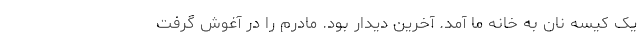
یک کیسه نان به خانه ما آمد. آخرین دیدار بود. مادرم را در آغوش گرفت